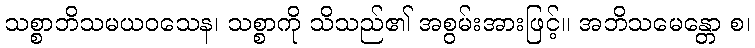
သစ္စာဘိသမယဝသေန၊ သစ္စာကို သိသည်၏ အစွမ်းအားဖြင့်။ အဘိသမေန္တော စ၊